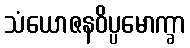
သံယောဇနဝိပ္ပမောက္ခာ